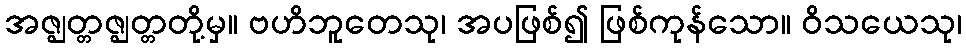
အဇ္ဈတ္တဇ္ဈတ္တတို့မှ။ ဗဟိဘူတေသု၊ အပဖြစ်၍ ဖြစ်ကုန်သော။ ဝိသယေသု၊